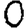
Digit: 0